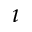
\imath